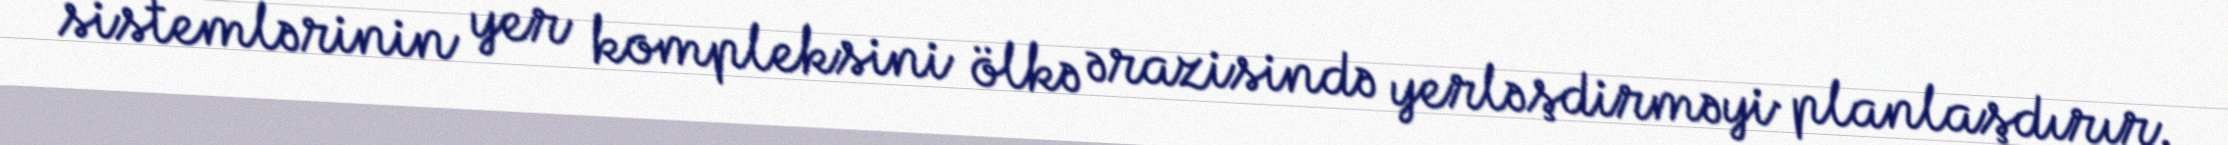
sistemlərinin yer kompleksini ölkə ərazisində yerləşdirməyi planlaşdırır.